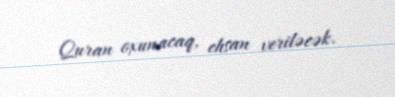
Quran oxunacaq, ehsan veriləcək.